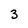
Character: 3